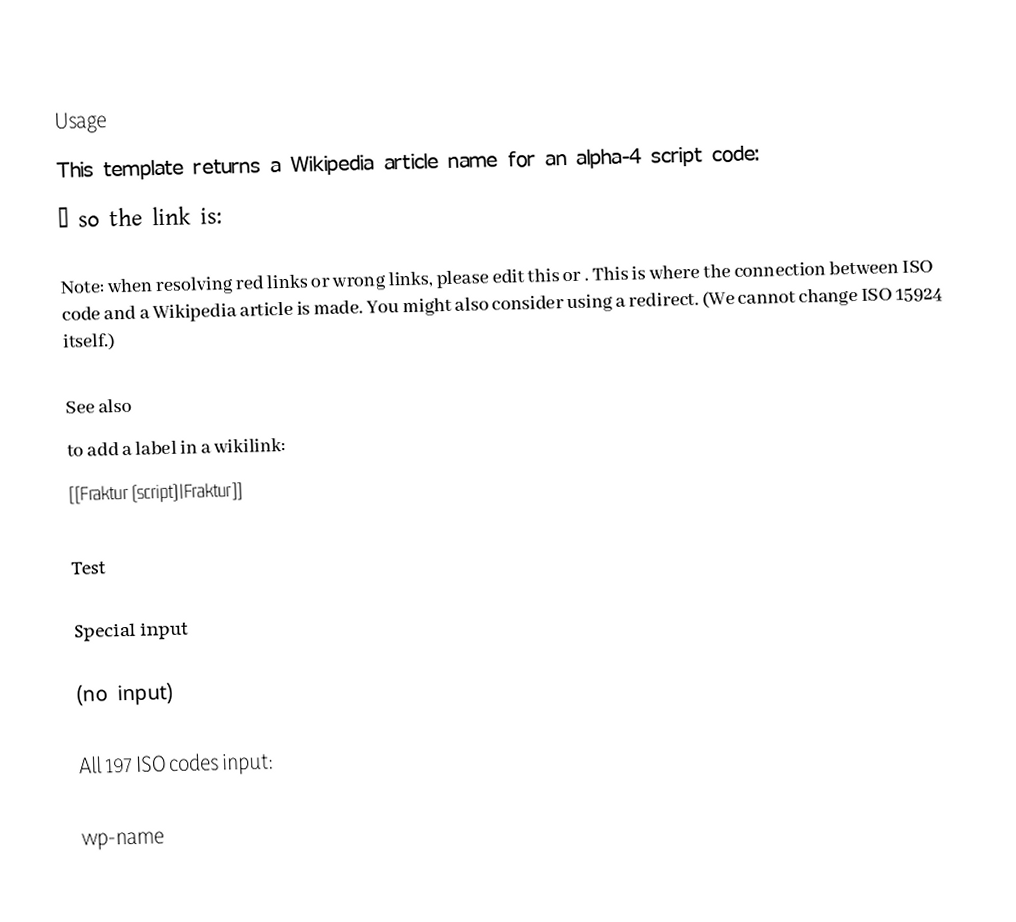

Usage
This template returns a Wikipedia article name for an alpha-4 script code:
  →  so the link is:

Note: when resolving red links or wrong links, please edit this  or . This is where the connection between ISO code and a Wikipedia article is made. You might also consider using a redirect. (We cannot change ISO 15924 itself.)

See also
  to add a label in a wikilink:
[[Fraktur (script)|Fraktur]]

Test

Special input

 (no input)

All 197 ISO codes input:

wp-name